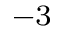
^ { - 3 }